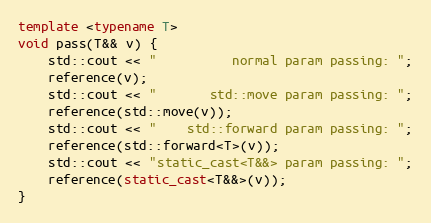
Language: C++
template <typename T>
void pass(T&& v) {
    std::cout << "          normal param passing: ";
    reference(v);
    std::cout << "       std::move param passing: ";
    reference(std::move(v));
    std::cout << "    std::forward param passing: ";
    reference(std::forward<T>(v));
    std::cout << "static_cast<T&&> param passing: ";
    reference(static_cast<T&&>(v));
}